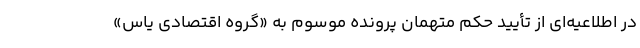
در اطلاعیه‌ای از تأیید حکم متهمان پرونده موسوم به «گروه اقتصادی یاس»